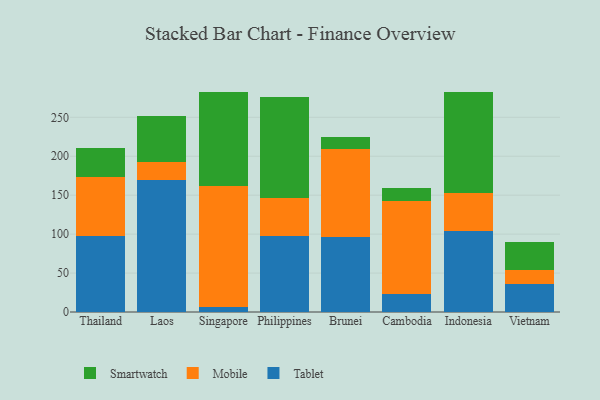
{"axis": {"x": "Country", "y": "Website Visitors"}, "legend": ["Mobile", "Smartwatch", "Tablet"], "data": [{"x": "Thailand", "y": 97.5, "type": "Tablet"}, {"x": "Thailand", "y": 75.7, "type": "Mobile"}, {"x": "Thailand", "y": 36.8, "type": "Smartwatch"}, {"x": "Laos", "y": 169.3, "type": "Tablet"}, {"x": "Laos", "y": 22.9, "type": "Mobile"}, {"x": "Laos", "y": 59.1, "type": "Smartwatch"}, {"x": "Singapore", "y": 6.6, "type": "Tablet"}, {"x": "Singapore", "y": 155.1, "type": "Mobile"}, {"x": "Singapore", "y": 120.9, "type": "Smartwatch"}, {"x": "Philippines", "y": 97.0, "type": "Tablet"}, {"x": "Philippines", "y": 48.8, "type": "Mobile"}, {"x": "Philippines", "y": 130.7, "type": "Smartwatch"}, {"x": "Brunei", "y": 96.8, "type": "Tablet"}, {"x": "Brunei", "y": 112.5, "type": "Mobile"}, {"x": "Brunei", "y": 15.2, "type": "Smartwatch"}, {"x": "Cambodia", "y": 22.6, "type": "Tablet"}, {"x": "Cambodia", "y": 120.3, "type": "Mobile"}, {"x": "Cambodia", "y": 16.2, "type": "Smartwatch"}, {"x": "Indonesia", "y": 104.3, "type": "Tablet"}, {"x": "Indonesia", "y": 47.9, "type": "Mobile"}, {"x": "Indonesia", "y": 130.8, "type": "Smartwatch"}, {"x": "Vietnam", "y": 36.2, "type": "Tablet"}, {"x": "Vietnam", "y": 18.3, "type": "Mobile"}, {"x": "Vietnam", "y": 35.5, "type": "Smartwatch"}]}